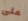
على